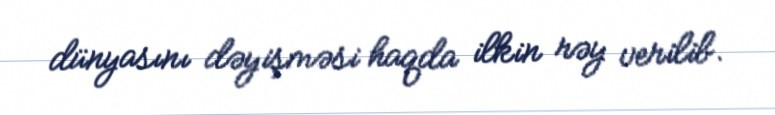
dünyasını dəyişməsi haqda ilkin rəy verilib.